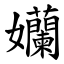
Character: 孏